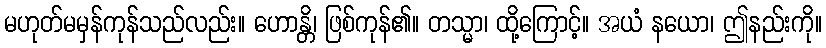
မဟုတ်မမှန်ကုန်သည်လည်း။ ဟောန္တိ၊ ဖြစ်ကုန်၏။ တသ္မာ၊ ထို့ကြောင့်။ အယံ နယော၊ ဤနည်းကို။